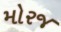
મોરજ